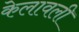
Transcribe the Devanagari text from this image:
केलावली